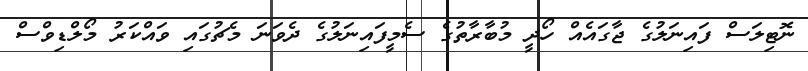
ނޮޓިލަސް ފައިނަލުގެ ޖާގައެއް ހޯދީ މުބާރާތުގެ ސެމީފައިނަލުގެ ދެވަނަ މެޗުގައި ވައްކަރު މޯލްޑިވްސް